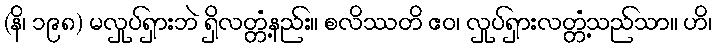
(နိ၊ ၁၉၈) မလှုပ်ရှားဘဲ ရှိလတ္တံ့နည်း။ စလိဿတိ ဧဝ၊ လှုပ်ရှားလတ္တံ့သည်သာ။ ဟိ၊